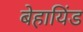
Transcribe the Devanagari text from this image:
बेहायिंड